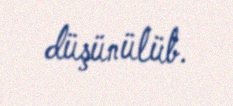
düşünülüb.